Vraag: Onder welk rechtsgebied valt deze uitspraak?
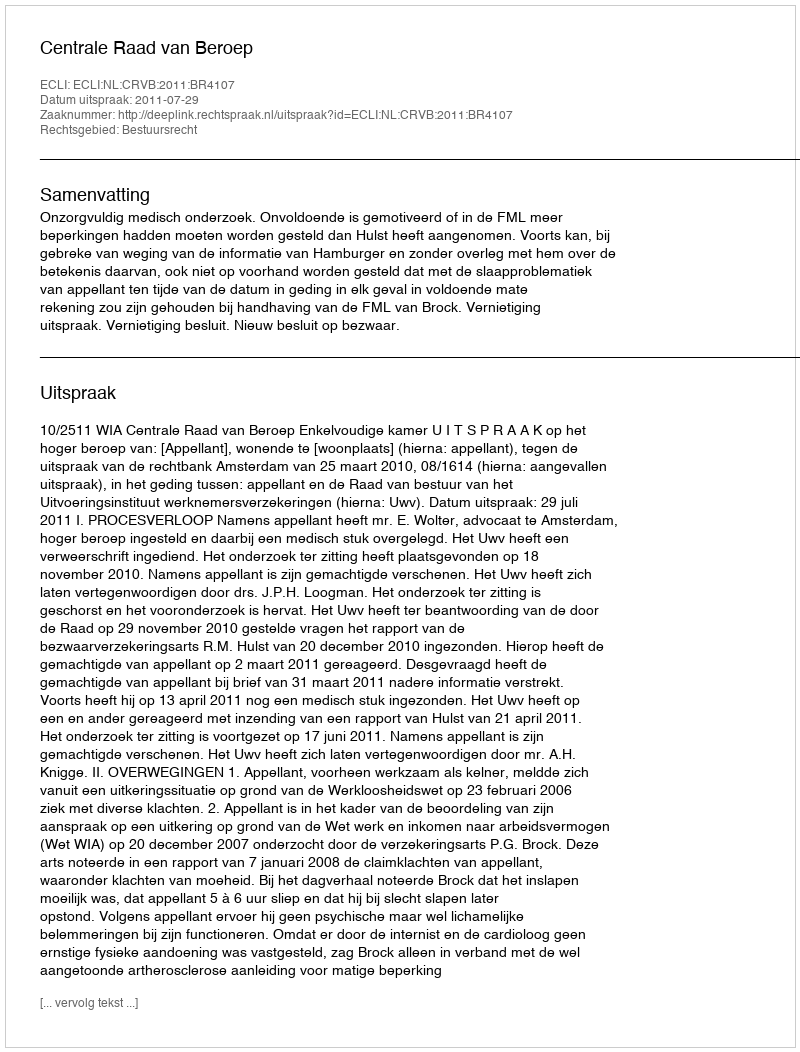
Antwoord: Bestuursrecht